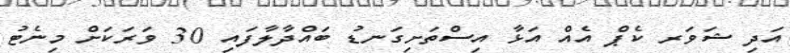
އަދި ޝަވަރ ކެޕް އެއް އަޅާ އިސްތަށިގަނޑު ބައްދާލާފައި 30 ވަރަކަށް މިނެޓު